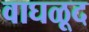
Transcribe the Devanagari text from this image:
वाघळूद